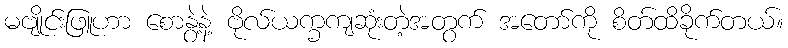
မဗျိုင်းဖြူဟာ စောနွဲ့နဲ့ ဗိုလ်ယက္ခကျဆုံးတဲ့အတွက် အတော်ကို စိတ်ထိခိုက်တယ်။